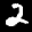
Label: 2